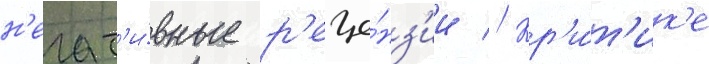
н'егат'и́вные р'еце́нз'ии // Кр'и́т'ик'е